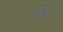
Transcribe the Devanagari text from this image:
जोगले